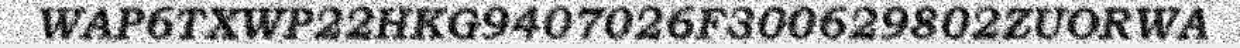
WAP6TXWP22HKG9407026F300629802ZUORWA